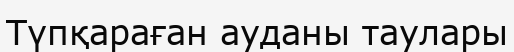
Түпқараған ауданы таулары